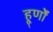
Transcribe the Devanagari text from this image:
हूर्णों